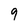
Character: 9